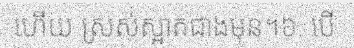
ហើយ ស្រស់ស្អាតជាងមុន។៦. បើ